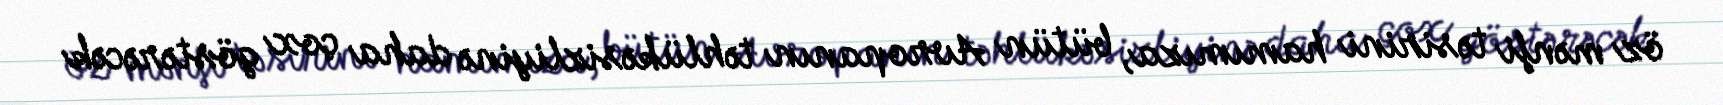
öz mənfi təsirini hamımıza, bütün Avropanın təhlükəsizliyinə daha çox göstərəcək